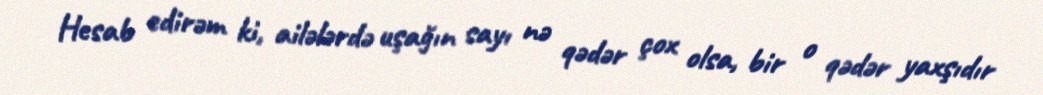
Hesab edirəm ki, ailələrdə uşağın sayı nə qədər çox olsa, bir o qədər yaxşıdır